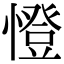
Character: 憕